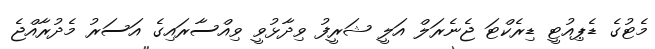
މެޓުގެ ޑެޕިއުޓީ ޑިރެކްޓަ ޖެނެރަލް އަލީ ޝަރީފު ވިދާޅުވީ ވިއްސާރައިގެ އަސަރު މެދުރާއްޖެ